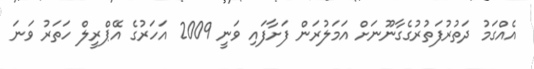
އެއްގަމު ދަތުރުފަތުރުގެގާނޫނަށް އަމަލުރަން ފަށާފައި ވަނީ 2009 އަހަރުގެ އޭޕްރީލް ހަތަރު ވަނަ